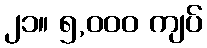
၂၁။ ၅,၀၀၀ ကျပ်